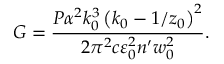
G = \frac { P \alpha ^ { 2 } k _ { 0 } ^ { 3 } \left( k _ { 0 } - 1 / z _ { 0 } \right) ^ { 2 } } { 2 \pi ^ { 2 } c \varepsilon _ { 0 } ^ { 2 } n ^ { \prime } w _ { 0 } ^ { 2 } } .